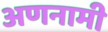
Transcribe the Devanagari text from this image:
अणनामी